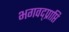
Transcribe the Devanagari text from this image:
भगवद्प्राप्ति